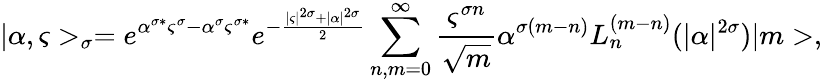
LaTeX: |\alpha,\varsigma>_{\sigma}=e^{\alpha^{\sigma\ast}\varsigma^{\sigma}-\alpha^{\sigma}\varsigma^{\sigma\ast}}e^{-\frac{|\varsigma|^{2\sigma}+|\alpha|^{2\sigma}}{2}}\sum_{n,m=0}^{\infty}\frac{\varsigma^{\sigma n}}{\sqrt{m}}\alpha^{\sigma(m-n)}L_{n}^{(m-n)}(|\alpha|^{2\sigma})|m>,